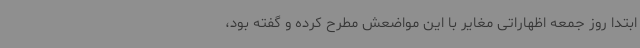
ابتدا روز جمعه اظهاراتی مغایر با این مواضعش مطرح کرده و گفته بود،